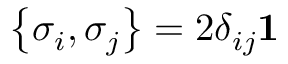
\left\{ \sigma _ { i } , \sigma _ { j } \right\} = 2 \delta _ { i j } { \bf 1 }